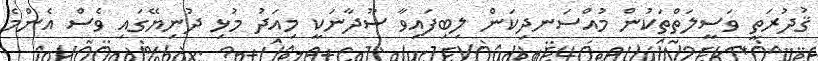
ޤުދުރަތީ ވަސީލަތްތަކުން މުއްސަނދިކަން ލިބިފައިވާ ސޫދާނަކީ މިއަދު މުޅި ދުނިޔޭގައި ވެސް އެންމެ